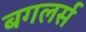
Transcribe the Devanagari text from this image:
बगलर्स